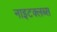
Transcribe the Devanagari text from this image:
नाइटक्लब्स